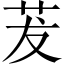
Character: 茇